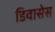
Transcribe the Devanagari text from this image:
डिवासेस